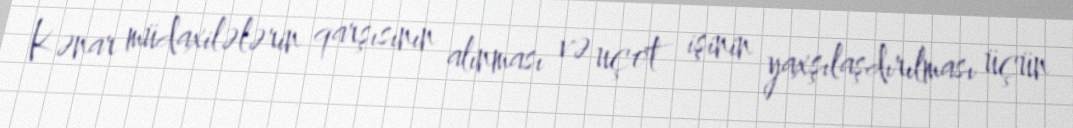
Kənar müdaxilələrin qarşısının alınması və uçot işinin yaxşılaşdırılması üçün